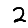
Digit: 2